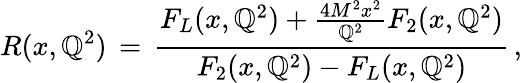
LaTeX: R(x,\mathbb{Q}^{2})\, =\, {\frac{{F_{L}(x,\mathbb{Q}^{2})+{\frac{{4M^{2}x^{2}}}{{\mathbb{Q}^{2}}}}F_{2}(x,\mathbb{Q}^{2})}}{{F_{2}(x,\mathbb{Q}^{2})-F_{L}(x,\mathbb{Q}^{2})}}}\, ,